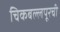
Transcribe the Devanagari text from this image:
चिकबल्लपूरची